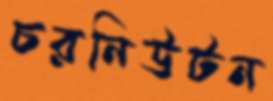
চরনিউটন